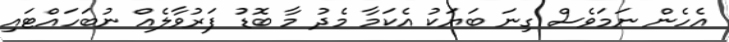
އެހެން ނަމަވެސް ގިނަ ބަޔަކު އެކަމާ މެދު މާ ބޮޑު ފަރުވާލެއް ނުބަހައްޓައި